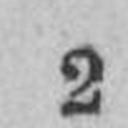
2